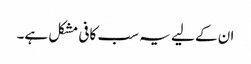
ان کے لیے یہ سب کافی مشکل ہے۔